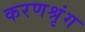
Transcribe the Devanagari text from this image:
करणश्रृंग